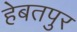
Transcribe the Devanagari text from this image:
हेबतपुर